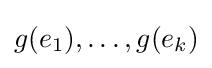
g(e_{1}),\ldots ,g(e_{k})